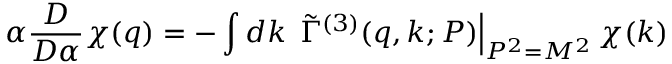
\alpha \frac { D } { D \alpha } \chi ( q ) = - \int d k \, \left. \tilde { \Gamma } ^ { ( 3 ) } ( q , k ; P ) \right| _ { P ^ { 2 } = M ^ { 2 } } \chi ( k )